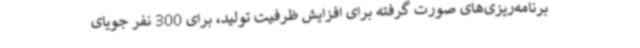
برنامه‌ریزی‌های صورت گرفته برای افزایش ظرفیت تولید، برای 300 نفر جویای